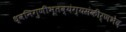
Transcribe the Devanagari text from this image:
ध्वनिगुणीभूतव्यंग्यसंकीर्णभेद